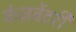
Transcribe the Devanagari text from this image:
कंज़र्वेटरी